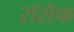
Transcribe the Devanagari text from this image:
रॉसेफ